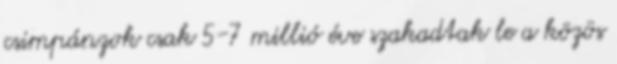
csimpánzok csak 5-7 millió éve szakadtak le a közös